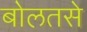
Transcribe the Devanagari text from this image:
बोलतसे